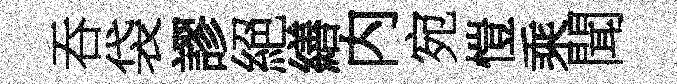
吞袋謬絕繕内宛愷乘聞